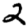
Digit: 2